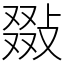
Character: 敠